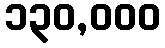
၁၃၀,၀၀၀